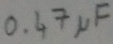
Text: 0.47µF